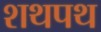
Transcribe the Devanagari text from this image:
शथपथ